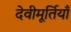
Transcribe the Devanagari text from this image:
देवीमूर्तियाँ